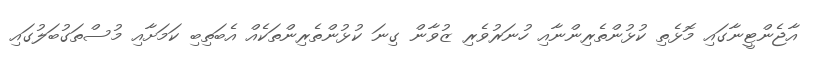
އާޖެންޓީނާގައި މޮޅެތި ކުޅުންތެރިންނާއި ހުނަރުވެރި ޒުވާން ގިނަ ކުޅުންތެރިންތަކެއް އެބަތިބި ކަމަށާއި މުސްތަގުބަލުގައި